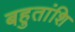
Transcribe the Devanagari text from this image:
बहुतांशि